Medical and sanitary report of the native army of Madras for the year
Year: 1877
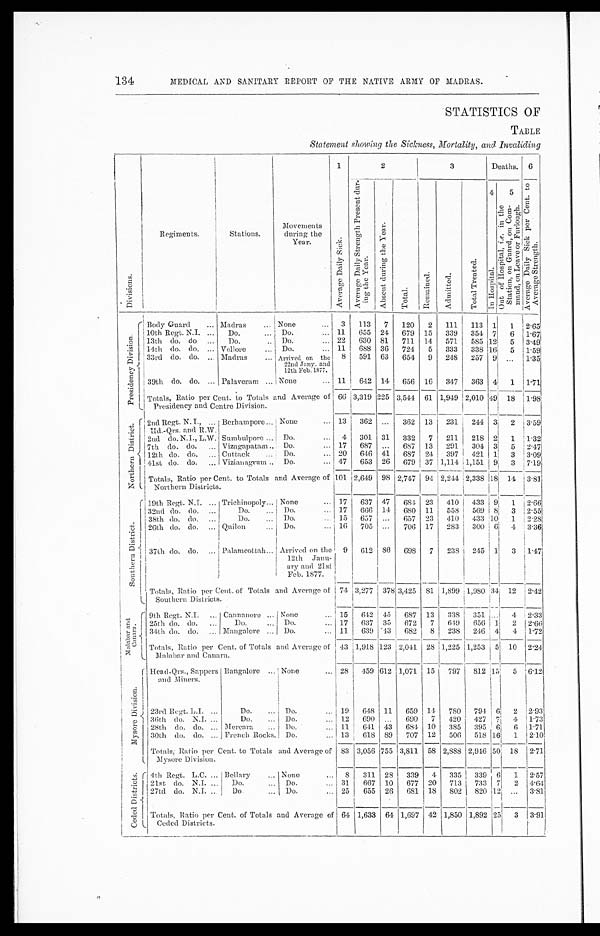
134
MEDICAL AND SANITARY REPORT OF THE NATIVE ARMY OF MADRAS.
'STATISTICS OF
TABLE
Statement showing the Sickness, Mortality, and Invaliding
D i v i s i o n s .
Regiments.
Stations.
Movements
during the
Year.
1
A v e r a g e D a i l y S i c k .
2
3
Deaths. 6
A v e r a g e D a i l y S t r e n g t h P r e s e n t d u r -
i n g t h e y e a r .
A b s e n t d u r i n g t h e Y e a r .
Total.
R e m a i n e d .
A d m i t t e d .
T o t a l T r e a t e d .
4
I n H o s p i t a l .
5 O u t o f H o s p i t a l , i . e . i n t h e S t a t i o n , o n G u a r d , o n C o m -
m a n d , o n L e a v e o r F u r l o u g h .
A v e r a g e D a i l y S i c k p e r C e n t . t o A v e r a g e S t r e n g t h .
P r e s i d e n c y D i v i s i o n . Body Guard
Madras
None
3 113 7 120 2 111 113 1 1 2.65
10th Regt. N.I.
Do.
Do.
11 655 24 679 15 339 354 7 6 1.67
13th do. do
Do.
Do.
22 630 81 711 14 571 585 12 5 3.49
14th do. do.
Vellore
Do.
11 688 36 724 5 333 338 16 5 1.59
33rd do. do.
Madras
Arrived on the
22nd Jany. and
12th Feb. 1877.
8 591 63 654 9 248 257 9 ... 1.35
39th do. do.
Palaveram None
11 642 14 656 16 347 363 4 1 1.71
Totals, Ratio per Cent. to Totals and Average of
Presidency and Centre Division.
66 3,319 225 3,544 61 1,949 2,010 49 18 1.98
N o r t h e r n D i s t r i c t . 2nd Regt. N. I.,
Berhampore
None
13 362
...
362 13 231 244 3 2 3.59
Hd.-Qrs. and R.W.
2nd do. N.I., L.W. Sumbulpore
Do.
4 301 31 332 7 211 218 2 1
1.32
7th do. do.
Vizagapatam
Do.
17 687 ... 687 13 291
304 3 5
2.47
12th do. do.
Cuttack
Do.
20 646 41 687 24 397 421 1 3
3.09
41st do. do.
Vizianagrum Do.
47 653 26 679 37 1,114 1,151 9
7.19
Totals, Ratio per Cent. to Totals and Average of
Northern Districts.
101 2,649 98 2,747 94 2,244 2,338 18 14 3.81
S o u t h e r n D i s t r i c t . 19th Regt. N.I.
Trichinopoly None
17 637 47 684 23 410 433 9 1 2.66
32nd do. do.
Do.
Do.
17 666 14 680 11 558 569 8 3 2.55
38th do. do.
Do.
Do.
15 657 ... 657 23 410 433 10 1 2.28
26th do. do.
Quilon
Do.
16 705 ...
706 17 283 300 6 4
3.36
37th do. do.
Palamcottah Arrived on the
12th Janu-
ary and 21st
Feb. 1877.
9 612 86 698 7 238 245 1
3
1.47
Totals, Ratio per Cent. of Totals and Average of
Southern Districts.
74 3,277 378 3,425 81 1,899 1,980 34 12 2.42
M a l a b a r a n d C a n a r a . 9th Regt. N.I.
Cannanore
None
15 642 45 687 13 338 351 ... 4 2.33
25th do. do.
Do.
Do.
17 637 35 672 7 649 656 1 2
2.66
34th do. do.
Mangalore
Do.
11 639 43 682 8 238 246 4 4 1.72
Totals, Ratio per Cent. of Totals and Average of
Malabar and Canara.
43 1,918 123 2,041 28 1,225 1,253 5 10
2.24
M y s o r e D i v i s i o n .
Head-Qrs., Sappers
and Miners.
Bangalore
None
28 459 612 1,071 15 797 812 15 5 6.12
23rd Regt. L.I.
Do.
Do.
19 648 11 659 14 780 794 6 2 2.93
36th do. N.I.
Do.
Do.
12 690 ... 690 7 420 427 7 4 1.73
28th do. do.
Mercara
Do.
11 641 43 684 10 385 395 6 6 1.71
30th do. do.
French Rocks. Do.
13 618 89 707 12 506 518 16 1 2.10
Totals, Ratio per Cent. to Totals and Average of
Mysore Division.
83 3,056 755 3,811 58 2,888 2,946 50 18 2.71
C e d e d D i s t r i c t .
4th Regt. L.C.
Bellary
None
8
311 28 339 4 335 339 6 1 2.57
21st do. N.I.
Do.
Do.
31 667 10 677 20 713 733 7 2 4.64
27td do. N.I.
Do.
Do.
25 655 26 681 18 802 820 12 ... 3.81
Totals, Ratio per Cent. of Totals and Average of
Ceded Districts.
64 1,633 64 1,697 42 1,850 1,892 25 3 3.91